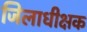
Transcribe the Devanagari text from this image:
जिलाधीक्षक